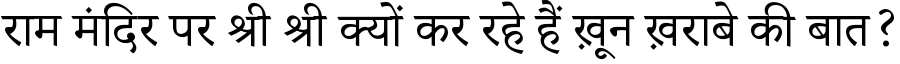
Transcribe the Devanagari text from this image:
राम मंदिर पर श्री श्री क्यों कर रहे हैं ख़ून ख़राबे की बात?